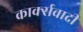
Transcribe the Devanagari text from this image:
कार्क्सवादी